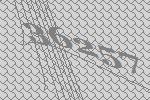
36257